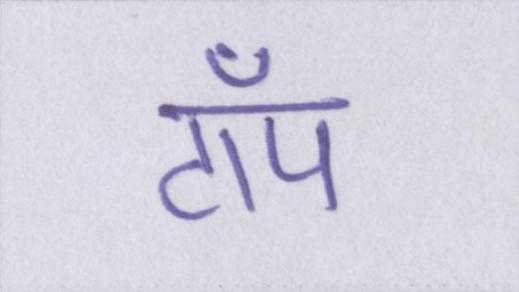
टॉप